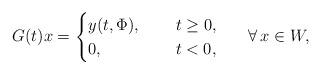
LaTeX: \begin{align*}G(t)x = \begin{cases}y(t, \Phi),\hskip 15pt &t\ge 0,\\0,\hskip 15pt &t< 0,\end{cases}\hskip 20pt \forall\, x\in W,\end{align*}